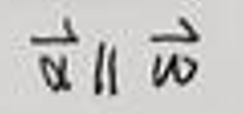
$\overrightarrow{a} \parallel \overrightarrow{v}$